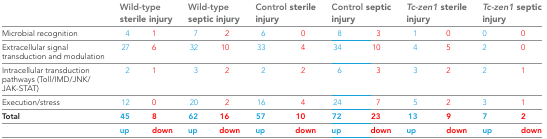
|  | <COLSPAN=2> Wild-type sterile injury | <COLSPAN=2> Wild-type septic injury | <COLSPAN=2> Control sterile injury | <COLSPAN=2> Control septic injury | <COLSPAN=2> Tc-zen1 sterile injury | <COLSPAN=2> Tc-zen1 septic injury |
 | --- | --- | --- | --- | --- | --- | --- | --- | --- | --- | --- | --- | --- |
 | Microbial recognition | 4 | 1 | 7 | 2 | 6 | 0 | 8 | 3 | 1 | 0 | 0 | 0 |
 | Extracellular signal transduction and modulation | 27 | 6 | 32 | 10 | 33 | 4 | 34 | 10 | 4 | 5 | 2 | 0 |
 | Intracellular transduction pathways (Toll/IMD/JNK/JAK-STAT) | 2 | 1 | 3 | 2 | 2 | 2 | 6 | 3 | 3 | 2 | 2 | 1 |
 | Execution/stress | 12 | 0 | 20 | 2 | 16 | 4 | 24 | 7 | 5 | 2 | 3 | 1 |
 | Total | 45 | 8 | 62 | 16 | 57 | 10 | 72 | 23 | 13 | 9 | 7 | 2 |
 |  | up | down | up | down | up | down | up | down | up | down | up | down |